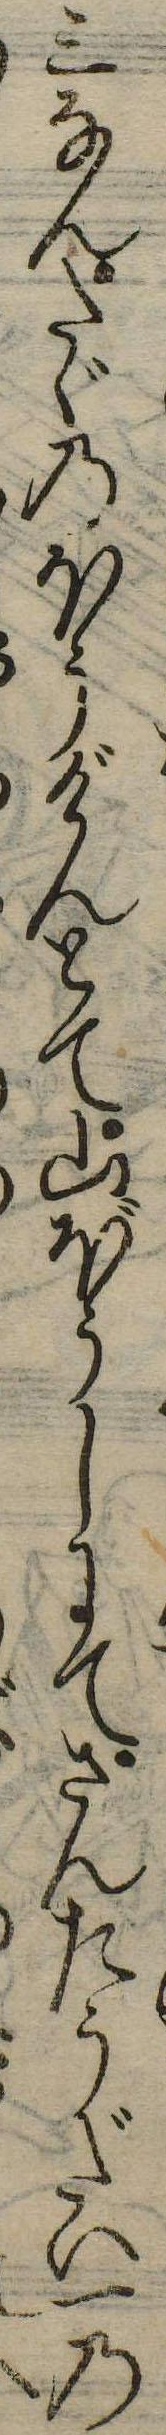
三なんたゞのほうげんとて山ぼうしにてさんたうだい一の